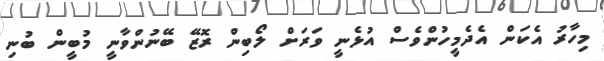
މިހާރު އެކަން އެދެމީހުންވެސް އުޅެނީ ވަރަށް ލޯބިން ރޮޒޭ ބޭނުންވާނީ މުބީން ބުނި